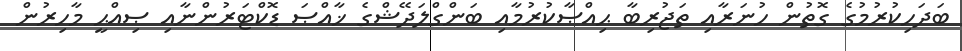
ބަދަހިކުރުމުގެ ގޮތުން ހުނަރާއި ތަޖުރިބާ ޙިއްޞާކުރުމާއި ބަންގްލަދޭޝްގެ ޚާއްޞަ ޑޮކްޓަރުންނާއި ޞިއްޙީ މާހިރުން